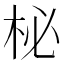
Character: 柲